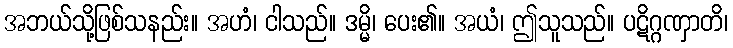
အဘယ်သို့ဖြစ်သနည်း။ အဟံ၊ ငါသည်။ ဒမ္မိ၊ ပေး၏။ အယံ၊ ဤသူသည်။ ပဋိဂ္ဂဏှာတိ၊